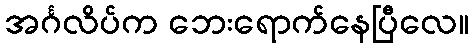
အင်္ဂလိပ်က ဘေးရောက်နေပြီလေ။